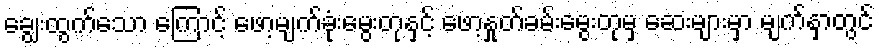
ချွေးထွက်သော ကြောင့် ဖော့မျက်ခုံးမွေးတုနှင့် ဖော့နှုတ်ခမ်းမွေးတုမှ ဆေးများမှာ မျက်နှာတွင်